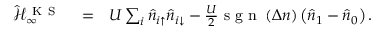
\begin{array} { r l r } { \mathcal { \hat { H } } _ { \infty } ^ { \mathrm { ~ K ~ S ~ } } } & { { } = } & { U \sum _ { i } \hat { n } _ { i \uparrow } \hat { n } _ { i \downarrow } - \frac { U } { 2 } \mathrm { ~ s ~ g ~ n ~ } \left( \Delta n \right) \left( \hat { n } _ { 1 } - \hat { n } _ { 0 } \right) . } \end{array}